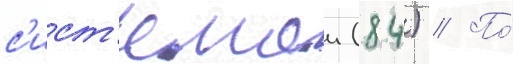
с'ист'емои (84) // По́